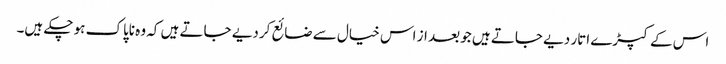
اس کے کپڑے اتار دیے جاتے ہیں جو بعد از اس خیال سے ضائع کردیے جاتے ہیں کہ وہ ناپاک ہو چکے ہیں۔